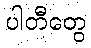
ပါတီတွေ